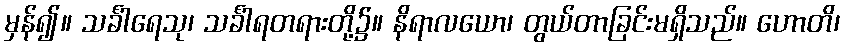
မှန်၍။ သင်္ခါရေသု၊ သင်္ခါရတရားတို့၌။ နိရာလယော၊ တွယ်တာခြင်းမရှိသည်။ ဟောတိ၊